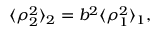
\begin{array} { r } { \langle \rho _ { 2 } ^ { 2 } \rangle _ { 2 } = b ^ { 2 } \langle \rho _ { 1 } ^ { 2 } \rangle _ { 1 } , } \end{array}